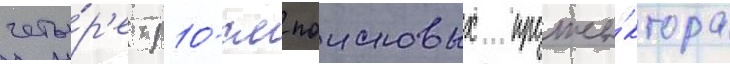
четы́р'е 110-см поисковых проже́ктора